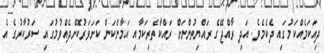
ދިއަކަމެއްކަމުގައި ދެކެމެވެ. އަދި ރާއްޖޭގެ ރައްޔިތުންނަށް ރައްކާތެރިކަމާއި އަމާންކަން ކަށަވަރުކޮށްދެއްވުމުގައި ސަރުކާރުގެ އެ